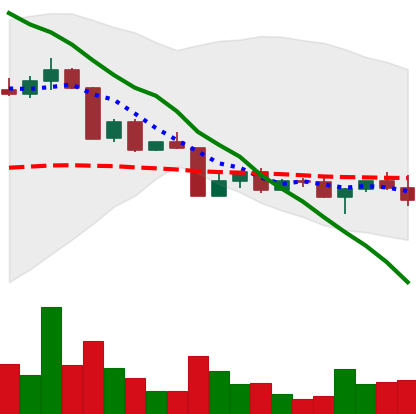
Ticker: ADA-USD
Chart end date: 2022-04-21
Forward return: -9.097%
Label: down_7plus